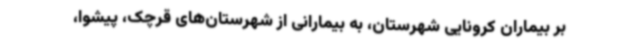
بر بیماران کرونایی شهرستان، به بیمارانی از شهرستان‌های قرچک، پیشوا،